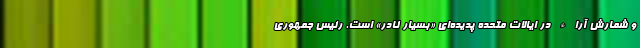
و شمارش آراء در ایالات متحده پدیده‌ای «بسیار نادر» است. رئیس جمهوری